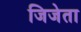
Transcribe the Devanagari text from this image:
जिजेता